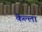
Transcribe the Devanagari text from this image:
कॆल्ला